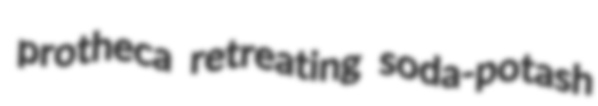
protheca retreating soda-potash